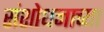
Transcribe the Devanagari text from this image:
संशोधनाच्‍या